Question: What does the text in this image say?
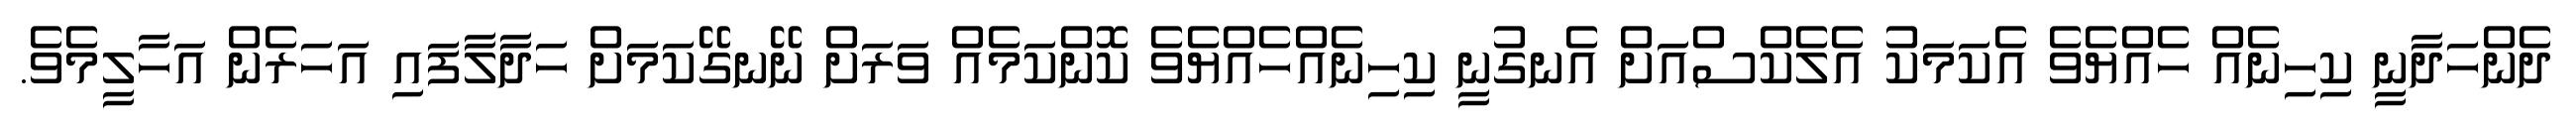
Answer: ދެންހަދާނީ ކިހިނެއް ހެއްޔެވެ އެކަމަކު އެލެކްސްއަށް އެނގުނީ ކިހިނެއްހެއްޔެވެ ކޮންކަމެއް ވަރަށް ނޭނގޭކަމަށް ހަދާލާފައި އަހަރެން އަހާލީމެވެ.